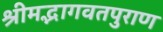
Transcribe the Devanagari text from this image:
श्रीमद्भागवतपुराण